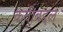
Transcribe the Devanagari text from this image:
कवीबद्दल